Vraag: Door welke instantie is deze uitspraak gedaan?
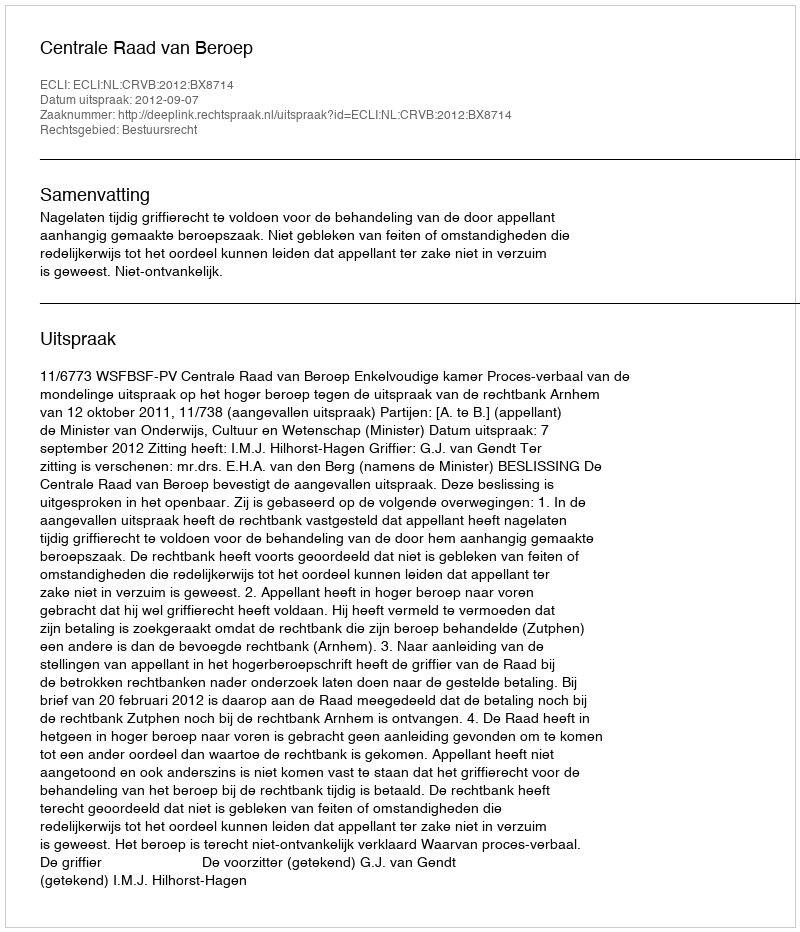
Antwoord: Centrale Raad van Beroep